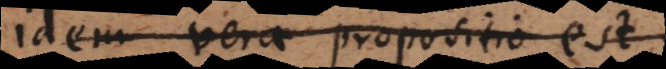
idem vera propositio est.